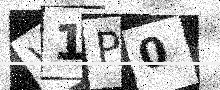
Text: W1P0